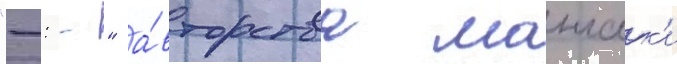
"-: -" а́вторства мангак'и